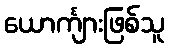
ယောင်္ကျားဖြစ်သူ